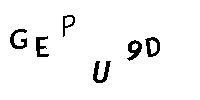
GEPU9D